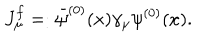
J _ { \mu } ^ { f } = : { \bar { \psi } } ^ { ( 0 ) } ( x ) \gamma _ { \mu } \psi ^ { ( 0 ) } ( x ) .